Report of the King Institute of Preventive Medicine, Guindy
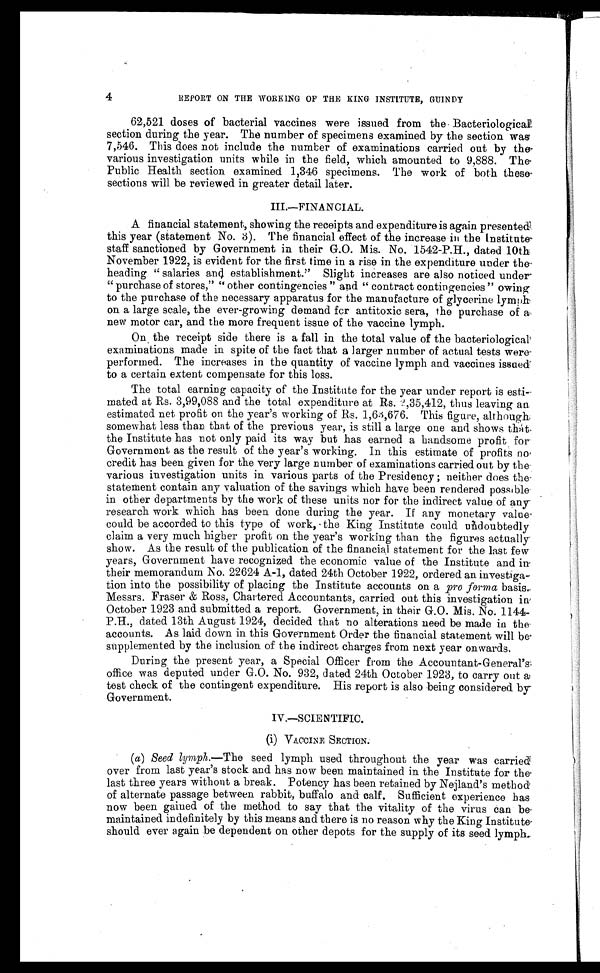
4
REPORT ON THE WORKING OF THE KING INSTITUTE, GUINDY
62,521 doses of bacterial vaccines were issued from the Bacteriological
section during the year. The number of specimens examined by the section was
7,546. This does not include the number of examinations carried out by the
various investigation units while in the field, which amounted to 9,888. The
Public Health section examined 1,346 specimens. The work of both these
sections will be reviewed in greater detail later.
III.—FINANCIAL.
A financial statement, showing the receipts and expenditure is again presented
this year (statement No. 3). The financial effect of the increase in the Institute
staff sanctioned by Government in their G.O. Mis. No. 1542-P.H., dated 10th
November 1922, is evident for the first time in a rise in the expenditure under the
heading "salaries and establishment." Slight increases are also noticed under
"purchase of stores," "other contingencies" and "contract contingencies" owing
to the purchase of the necessary apparatus for the manufacture of glycerine lymph
on a large scale, the ever-growing demand for antitoxic sera, the purchase of a
new motor car, and the more frequent issue of the vaccine lymph.
On the receipt side there is a fall in the total value of the bacteriological
examinations made in spite of the fact that a larger number of actual tests were
performed. The increases in the quantity of vaccine lymph and vaccines issued
to a certain extent compensate for this loss.
The total earning capacity of the Institute for the year under report is esti
- m a t e d a t R s . 3 , 9 9 , 0 8 8 a n d t h e t o t a l e x p e n d i t u r e a t R s . 2 , 3 5 , 4 1 2 , t h u s l e a v i n g a n
estimated net profit on the year's working of Rs. 1,63,676. This figure, although
somewhat less than that of the previous year, is still a large one and shows thát
the Institute has not only paid its way but has earned a handsome profit for
Government as the result of the year's working. In this estimate of profits no
credit has been given for the very large number of examinations carried out by the
various investigation units in various parts of the Presidency ; neither does the
statement contain any valuation of the savings which have been rendered possible
in other departments by the work of these units nor for the indirect value of any
research work which has been done during the year. If any monetary value
could be accorded to this type of work, the King Institute could undoubtedly
claim a very much higher profit on the year's working than the figures actually
show. As the result of the publication of the financial statement for the last few
years, Government have recognized the economic value of the Institute and in
their memorandum No. 22624 A-1, dated 24th October 1922, ordered an investiga
-
tion into the possibility of placing the Institute accounts on a pro forma basis.
Messrs. Fraser & Ross, Chartered Accountants, carried out this investigation in
October 1923 and submitted a report. Government, in their G.O. Mis. No. 1144-
P.H., dated 13th August 1924, decided that no alterations need be made in the
accounts. As laid down in this Government Order the financial statement will be
supplemented by the inclusion of the indirect charges from next year onwards.
During the present year, a Special Officer from the Accountant-General's
office was deputed under G.O. No. 932, dated 24th October 1923, to carry out a
test check of the contingent expenditure. His report is also being considered by
Government.
IV.—SCIENTIFIC.
(i) VACCINE SECTION.
(a) Seed lymph.—The seed lymph used throughout the year was carried
over from last year's stock and has now been maintained in the Institute for the
last three years without a break. Potency has been retained by Nejland's method
of alternate passage between rabbit, buffalo and calf. Sufficient experience has
now been gained of the method to say that the vitality of the virus can be
maintained indefinitely by this means and there is no reason why the King Institute
should ever again be dependent on other depots for the supply of its seed lymph.